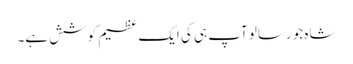
شاہ جو رسالو آپ ہی کی ایک عظیم کوشش ہے۔